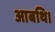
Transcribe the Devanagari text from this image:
आबथि।